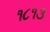
૧૮૧૩